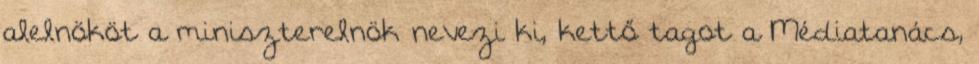
alelnököt a miniszterelnök nevezi ki, kettő tagot a Médiatanács,